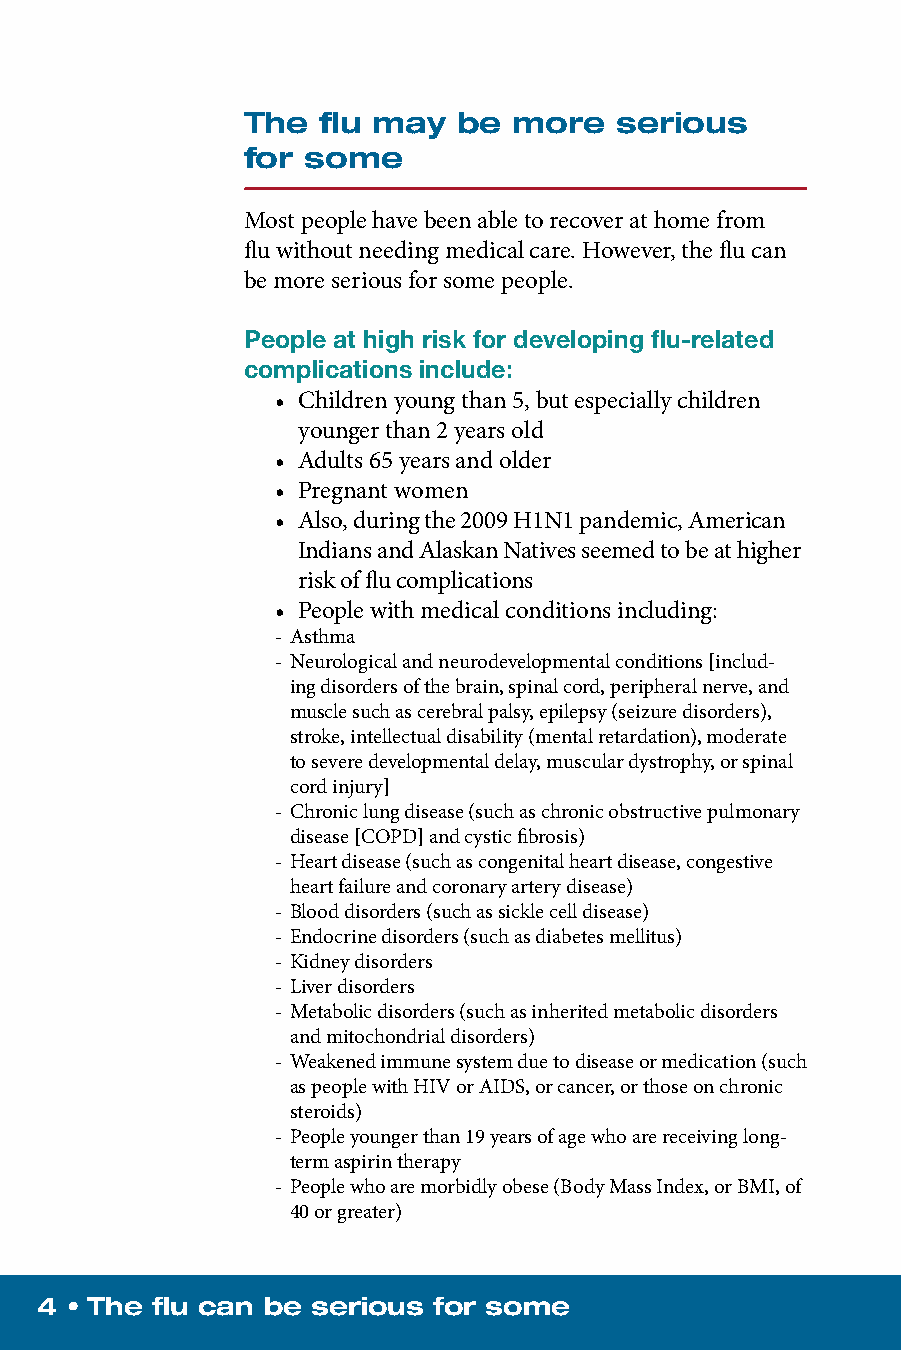
The  flu may  be  more   serious
 for some
 Most people have been able to recover at home from
 flu without needing medical care. However, the flu can
 be more serious for some people.
 People at high risk for developing flu-related
 complications include:
 • Children young than 5, but especially children
 younger than 2 years old
 • Adults 65 years and older
 • Pregnant women
 • Also, during the 2009 H1N1 pandemic, American
 Indians and Alaskan Natives seemed to be at higher
 risk of flu complications
 • People with medical conditions including:
 - Asthma
 - Neurological and neurodevelopmental conditions [includ-
 ing disorders of the brain, spinal cord, peripheral nerve, and
 muscle such as cerebral palsy, epilepsy (seizure disorders),
 stroke, intellectual disability (mental retardation), moderate
 to severe developmental delay, muscular dystrophy, or spinal
 cord injury]
 - Chronic lung disease (such as chronic obstructive pulmonary
 disease [COPD] and cystic fibrosis)
 - Heart disease (such as congenital heart disease, congestive
 heart failure and coronary artery disease)
 - Blood disorders (such as sickle cell disease)
 - Endocrine disorders (such as diabetes mellitus)
 - Kidney disorders
 - Liver disorders
 - Metabolic disorders (such as inherited metabolic disorders
 and mitochondrial disorders)
 - Weakened immune system due to disease or medication (such
 as people with HIV or AIDS, or cancer, or those on chronic
 steroids)
 - People younger than 19 years of age who are receiving long-
 term aspirin therapy
 - People who are morbidly obese (Body Mass Index, or BMI, of
 40 or greater)
 4 • The flu can be serious for some